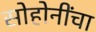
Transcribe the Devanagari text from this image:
सोहोनींंचा